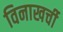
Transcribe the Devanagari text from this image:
विनाखर्ची